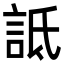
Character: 詆